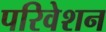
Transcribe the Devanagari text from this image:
परिवेशन